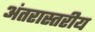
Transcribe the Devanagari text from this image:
अंतरास्तरीय